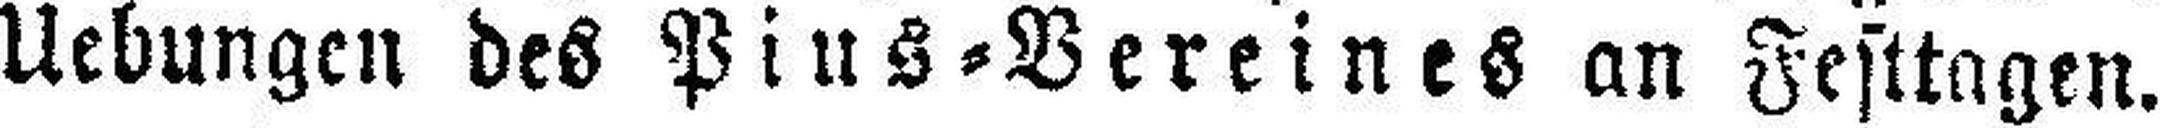
Uebungen des Pius=Vereines an Festtagen.